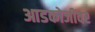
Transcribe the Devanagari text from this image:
आडकोजींवर